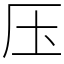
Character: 压